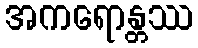
အကရောန္တဿ